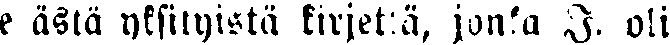
e ästä yksityistä kirjettä, jonka I. Oli